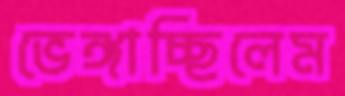
ভেঙ্গাচ্ছিলেম